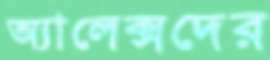
অ্যালেক্সদের